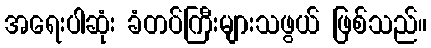
အရေးပါဆုံး ခံတပ်ကြီးများသဖွယ် ဖြစ်သည်။